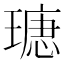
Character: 𤨫